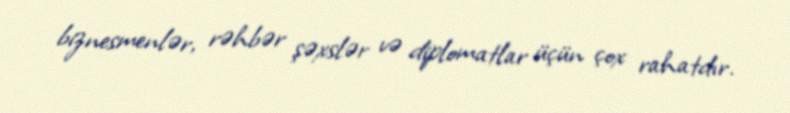
biznesmenlər, rəhbər şəxslər və diplomatlar üçün çox rahatdır.